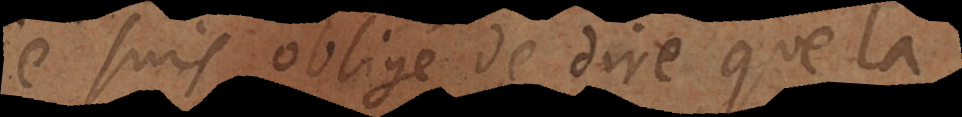
je suis obligé de dire que la